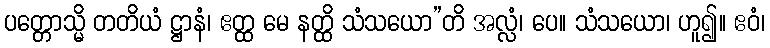
ပတ္တောသ္မိ တတိယံ ဋ္ဌာနံ၊ ဧတ္ထ မေ နတ္ထိ သံသယော”တိ အလ္လံ၊ ပေ။ သံသယော၊ ဟူ၍။ ဧဝံ၊